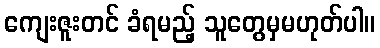
ကျေးဇူးတင် ခံရမည့် သူတွေမှမဟုတ်ပါ။